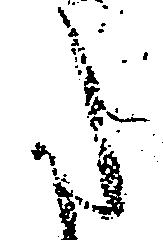
た